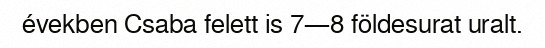
években Csaba felett is 7—8 földesurat uralt.